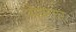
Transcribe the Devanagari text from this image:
सैक्योर